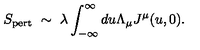
S _ { \mathrm { p e r t } } \ \sim \ \lambda \int _ { - \infty } ^ { \infty } d u \Lambda _ { \mu } J ^ { \mu } ( u , 0 ) .